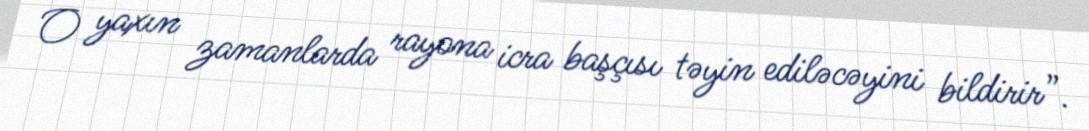
O yaxın zamanlarda rayona icra başçısı təyin ediləcəyini bildirir”.